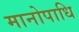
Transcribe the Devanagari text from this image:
मानोपाधि